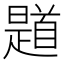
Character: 𲋭